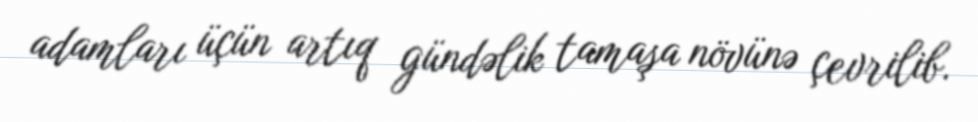
adamları üçün artıq gündəlik tamaşa növünə çevrilib.